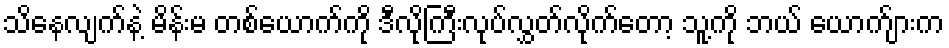
သိနေလျက်နဲ့ မိန်းမ တစ်ယောက်ကို ဒီလိုကြီးလုပ်လွှတ်လိုက်တော့ သူ့ကို ဘယ် ယောက်ျားက